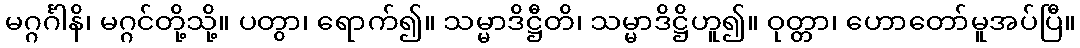
မဂ္ဂင်္ဂါနိ၊ မဂ္ဂင်တို့သို့။ ပတွာ၊ ရောက်၍။ သမ္မာဒိဋ္ဌီတိ၊ သမ္မာဒိဋ္ဌိဟူ၍။ ဝုတ္တာ၊ ဟောတော်မူအပ်ပြီ။